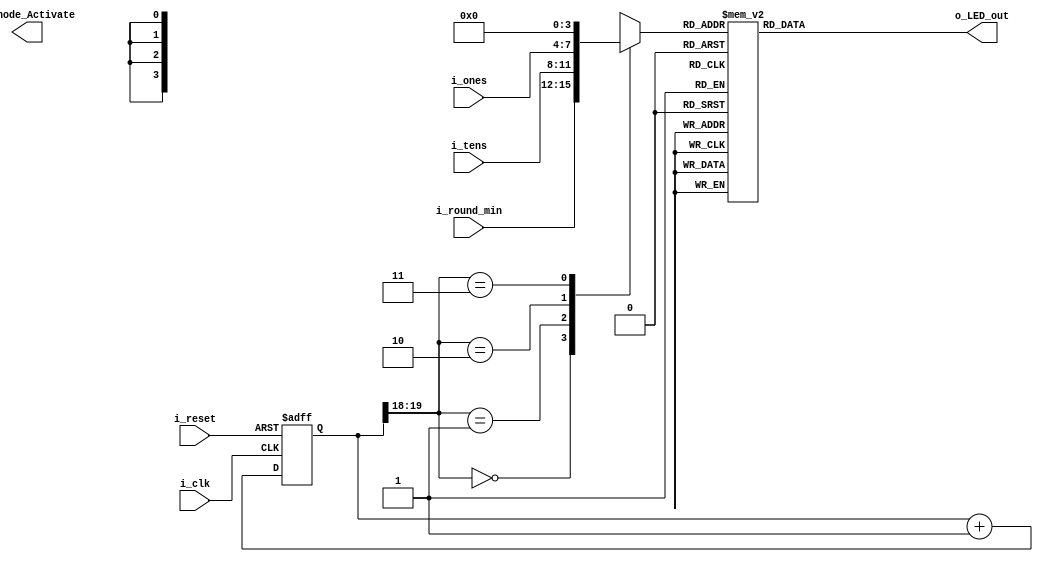
module seven_seg_lab4(
    input i_clk, // 100 Mhz clock source on Basys 3 FPGA
    input i_reset,
    input [3:0] i_ones, ////////////////////////////////////////////////////////////////////////////Change these values to LED1-4
    input [3:0] i_tens,
    input [3:0] i_round_min,
    output reg [3:0] o_Anode_Activate, // anode signals of the 7-segment LED display
    output reg [6:0] o_LED_out// cathode patterns of the 7-segment LED display
    );
    reg [26:0] r_second_counter; // counter for generating 1 second clock enable
    wire w_second_enable;// one second enable for counting numbers
    reg [15:0] r_displayed_number; // counting number to be displayed
    reg [3:0] r_LED_Digit;
    reg [19:0] r_refresh_counter;
             // the first 2 MSB bits for creating 4 LED-activating signals with 2.6ms digit period
    wire [1:0] w_LED_counter; 
              // activates    LED1-LED4
    always @(posedge i_clk or posedge i_reset)
    begin
        if(i_reset==1)
            r_second_counter <= 0;
        else begin
            if(r_second_counter>=99999999) 
                 r_second_counter <= 0;
            else
                r_second_counter <= r_second_counter + 1;
        end
    end 
    assign w_second_enable = (r_second_counter==99999999)?1:0;
    always @(posedge i_clk or posedge i_reset)
    begin
        if(i_reset==1)
            r_displayed_number <= 0;
        else if(one_second_enable==1)
            r_displayed_number <= r_displayed_number + 1;
    end
    always @(posedge i_clk or posedge i_reset)
    begin 
        if(i_reset==1)
            r_refresh_counter <= 0;
        else
            r_refresh_counter <= r_refresh_counter + 1;
    end 
    assign w_LED_counter = r_refresh_counter[19:18];
    // digit period of 2.6ms for activated anodes
    always @(*)
    begin
        case(w_LED_counter)
        2'b00: begin
            o_Anode = 4'b0111; 
            // activate LED1 and Deactivate LED2, LED3, LED4
            r_LED_Digit = i_round_min;
            // the first digit of the 16-bit number
              end
        2'b01: begin
            o_Anode = 4'b1011; 
            // activate LED2 and Deactivate LED1, LED3, LED4
            r_LED_Digit = i_tens;
            // the second digit of the 16-bit number
              end
        2'b10: begin
            o_Anode = 4'b1101; 
            // activate LED3 and Deactivate LED2, LED1, LED4
            r_LED_Digit = i_ones;
            // the third digit of the 16-bit number
                end
        2'b11: begin
            o_Anode = 4'b1110; 
            // activate LED4 and Deactivate LED2, LED3, LED1
            r_LED_Digit = 4'b0000;
            // the fourth digit of the 16-bit number    
               end
        endcase
    end
    // Cathode patterns of the 7-segment LED display 
    always @(*)
    begin
        case(r_LED_Digit)
        4'b0000: o_LED_out = 7'b1000000; // "0"     
        4'b0001: o_LED_out = 7'b1111001; // "1" 
        4'b0010: o_LED_out = 7'b0100100; // "2" 
        4'b0011: o_LED_out = 7'b0110000; // "3" 
        4'b0100: o_LED_out = 7'b0011001; // "4" 
        4'b0101: o_LED_out = 7'b0010010; // "5" 
        4'b0110: o_LED_out = 7'b0000010; // "6" 
        4'b0111: o_LED_out = 7'b1111000; // "7" 
        4'b1000: o_LED_out = 7'b0000000; // "8"     
        4'b1001: o_LED_out = 7'b0010000; // "9" 
        default: o_LED_out = 7'b1000000; // "0" 
        endcase
    end
 endmodule